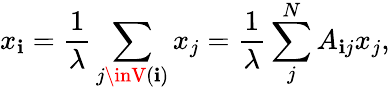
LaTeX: x_{\mathbf{i}}=\frac{{1}}{{\lambda}}\sum_{j\inV(\mathbf{i})}x_{j}=\frac{{1}}{{\lambda}}\sum_{j}^{N}A_{\mathbf{i}j}x_{j},